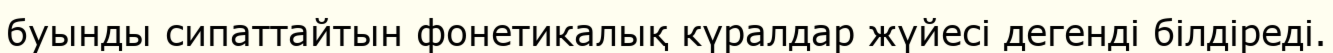
буынды сипаттайтын фонетикалық күралдар жүйесі дегенді білдіреді.